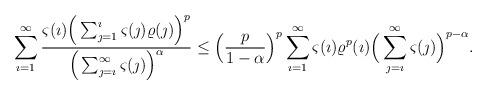
\begin{align*}\sum_{\imath=1}^{\infty}\frac{\varsigma(\imath)\Big(\sum_{\jmath=1}^{\imath} \varsigma(\jmath)\varrho(\jmath)\Big)^p}{\Big(\sum_{\jmath=\imath}^{\infty}\varsigma(\jmath)\Big)^\alpha}\leq \Big(\frac{p}{1-\alpha}\Big)^p\sum_{\imath=1}^{\infty}\varsigma(\imath)\varrho^p (\imath)\Big(\sum_{\jmath=\imath}^{\infty}\varsigma(\jmath)\Big)^{p-\alpha}.\end{align*}